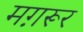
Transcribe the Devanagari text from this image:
मग़रूर